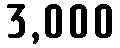
3,000